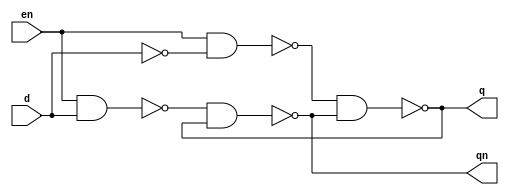
// ---------------------
// Exemplo 10_03 
// Nome: Jlio Czar Taveira Arajo
// ---------------------

//-----------------
//--Module dlatch
//-----------------

module dlatch ( qn, q, en, d );

	input  d, en;
	output qn, q;	
	
	nand NAND1(s1,en,d);
   not NOT1 (s2,d);
 	nand NAND2(s3,en,s2);
	nand NAND3(qn,s1,q);
	nand NAND4(q,s3,qn);
endmodule

//----------------------
//--Test module dLatch
//----------------------

module test;

reg  d, en;
wire nq, q;
dlatch Latch1( qn, q, en, d );
initial begin:start
   d = 1; en=1;

  end

  initial begin: main

   $display("\nExercicio 10-03 - Julio Cezar Taveira Araujo - 380776");
   $display("\n  En [b] | D [b] | Q = [b] |Q = [b]\n");
   $monitor("En [%b] | D [%b] | Q = [%b] |Q = [%b]",en ,d, q, qn);

        #1 d = 0; en = 1;
        #1 d = 0; en = 1;
        #1 d = 0; en = 0;
        #1 d = 1; en = 0;



end
endmodule